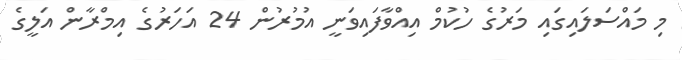
މި މައްސަލައިގައި މަރުގެ ހުކުމް އިއްވާފައިވަނީ އުމުރުން 24 އަހަރުގެ އިމްރާން އަލީގެ